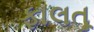
ફાલતૂ